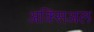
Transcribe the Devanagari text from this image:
अक्सिअल